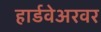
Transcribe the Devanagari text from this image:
हार्डवेअरवर